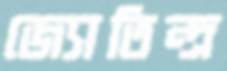
জ্যোতিন্দ্র